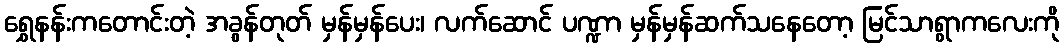
ရွှေနန်းကတောင်းတဲ့ အခွန်တုတ် မှန်မှန်ပေး၊ လက်ဆောင် ပဏ္ဍာ မှန်မှန်ဆက်သနေတော့ မြင်သာရွာကလေးကို